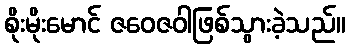
စိုးမိုးမောင် ဇဝေဇဝါဖြစ်သွားခဲ့သည်။